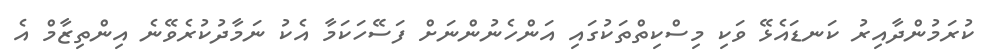
ކުރަމުންދާއިރު ކަަނޑައެޅޭ ވަކި މިސްކިތްތަކުގައި އަންހެނުންނަށް ފަސޭހަކަމާ އެކު ނަމާދުކުރެވޭނެ އިންތިޒާމް އެ